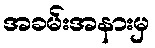
အခမ်းအနားမှ